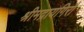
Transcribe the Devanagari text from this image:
श्रीमद्रायगिरौ